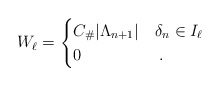
\begin{align*}W_\ell=\begin{cases}C_\# \vert \Lambda_{n+1}\vert & \delta_n\in I_\ell \\0 & \;.\end{cases}\end{align*}